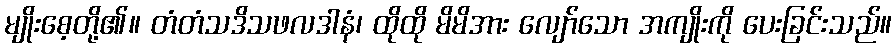
မျိုးစေ့တို့၏။ တံတံသဒိသဖလဒါနံ၊ ထိုထို မိမိအား လျော်သော အကျိုးကို ပေးခြင်းသည်။